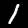
Label: 1